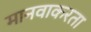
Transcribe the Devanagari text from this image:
मानवाकरता